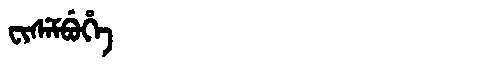
Manchu: ᠸᡳᠰᡝᠮᠪᡠᡥᡝ
Romanization: FISEMBUHE